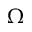
\Omega